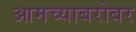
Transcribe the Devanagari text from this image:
आमच्याबरोबर